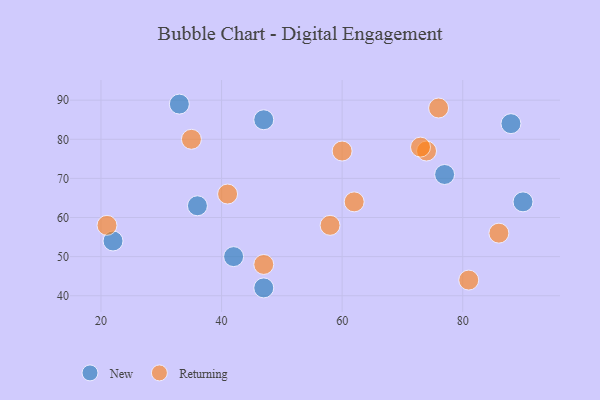
{"axis": {"x": "GDP", "y": "Life Expectancy"}, "legend": ["New", "Returning"], "data": [{"x": "22", "y": 54, "type": "New"}, {"x": "77", "y": 71, "type": "New"}, {"x": "42", "y": 50, "type": "New"}, {"x": "88", "y": 84, "type": "New"}, {"x": "47", "y": 85, "type": "New"}, {"x": "36", "y": 63, "type": "New"}, {"x": "90", "y": 64, "type": "New"}, {"x": "47", "y": 42, "type": "New"}, {"x": "33", "y": 89, "type": "New"}, {"x": "74", "y": 77, "type": "Returning"}, {"x": "35", "y": 80, "type": "Returning"}, {"x": "86", "y": 56, "type": "Returning"}, {"x": "73", "y": 78, "type": "Returning"}, {"x": "81", "y": 44, "type": "Returning"}, {"x": "58", "y": 58, "type": "Returning"}, {"x": "60", "y": 77, "type": "Returning"}, {"x": "47", "y": 48, "type": "Returning"}, {"x": "76", "y": 88, "type": "Returning"}, {"x": "62", "y": 64, "type": "Returning"}, {"x": "21", "y": 58, "type": "Returning"}, {"x": "41", "y": 66, "type": "Returning"}]}